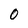
Character: 0